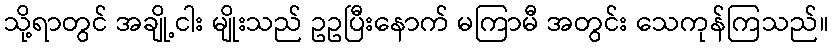
သို့ရာတွင် အချို့ငါး မျိုးသည် ဥဥပြီးနောက် မကြာမီ အတွင်း သေကုန်ကြသည်။